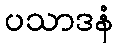
ပသာဒနံ